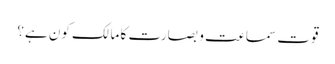
قوتِ سماعت و بصارت کا مالک کون ہے؟